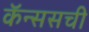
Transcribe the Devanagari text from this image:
कॅन्ससची